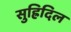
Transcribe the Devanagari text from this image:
सुह्रिदिल